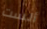
ألست